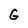
Character: G